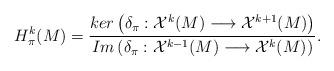
LaTeX: \begin{align*}H^{k}_{\pi}(M)=\dfrac{ker \left(\delta_{\pi}: \mathcal{X}^k(M)\longrightarrow \mathcal{X}^{k+1}(M)\right) }{Im \left(\delta_{\pi}: \mathcal{X}^{k-1}(M)\longrightarrow \mathcal{X}^k(M)\right)}.\end{align*}